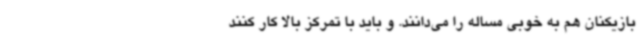
بازیکنان هم به خوبی مساله را می‌دانند. و باید با تمرکز بالا کار کنند